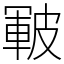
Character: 皸